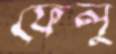
ফেলু